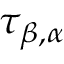
\tau _ { \beta , \alpha }